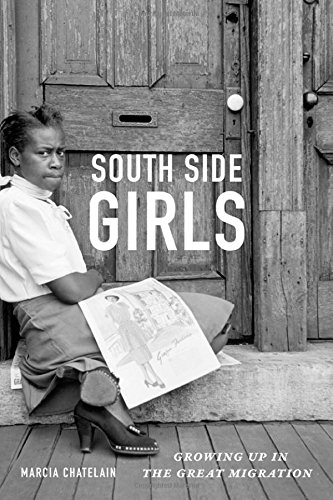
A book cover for South Side Girls: Growing Up in the Great Migration; Marcia Chatelain; Politics & Social Sciences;